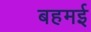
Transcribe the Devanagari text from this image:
बहमई